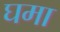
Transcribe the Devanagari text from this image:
घमा